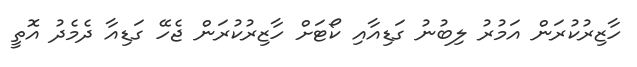
ހާޒިރުކުރަން އަމުރު ލިބުނު ގަޑިއާއި ކޯޓަށް ހާޒިރުކުރަން ޖެހޭ ގަޑިއާ ދެމެދު އޮތީ